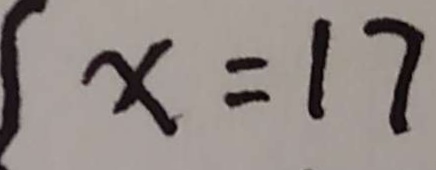
x = 1 7